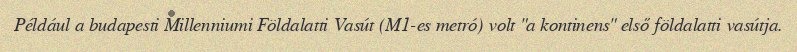
Például a budapesti Millenniumi Földalatti Vasút (M1-es metró) volt "a kontinens" első földalatti vasútja.